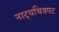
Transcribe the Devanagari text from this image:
नाट्यचित्रपट